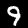
Label: 9